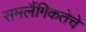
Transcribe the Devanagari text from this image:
समलैंगिकतेचे